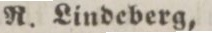
R. Lindeberg,